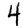
Digit: 4